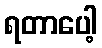
ရတာပေါ့